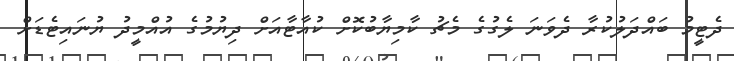
ދެޓީމު ބައްދަލުކުރާ ދެވަނަ ލެގުގެ މެޗު ކާމިޔާބުކޮށް ކުއާޓާއަށް ދިޔުމުގެ އުއްމީދު ޔުނައިޓެޑަށް